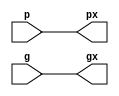

`timescale 1 ns / 1 ps

module LSB_AxPO (
	input       [7:0] p,
	input       [7:0] g,
	output wire [7:0] px,
	output wire [7:0] gx
);

assign px = p;
assign gx = g;

endmodule